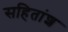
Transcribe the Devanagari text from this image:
सहितांश